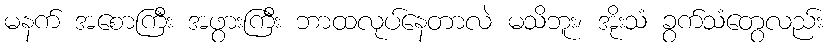
မနက် အစောကြီး အဖွားကြီး ဘာထလုပ်နေတာလဲ မသိဘူး၊ အိုးသံ ခွက်သံတွေလည်း